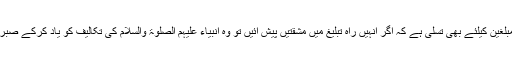
اس آیت میں مبلغین کیلئے بھی تسلی ہے کہ اگر انہیں راہِ تبلیغ میں مشقتیں پیش آئیں تو وہ انبیاء عَلَیْہِمُ الصَّلٰوۃُ وَالسَّلَام کی تکالیف کو یاد کرکے صبر اختیار کریں۔